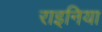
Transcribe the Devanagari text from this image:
राइनिया